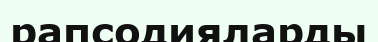
рапсодияларды